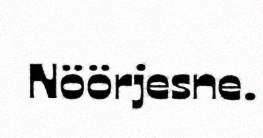
Nöörjesne.